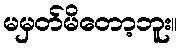
မမှတ်မိတော့ဘူး။